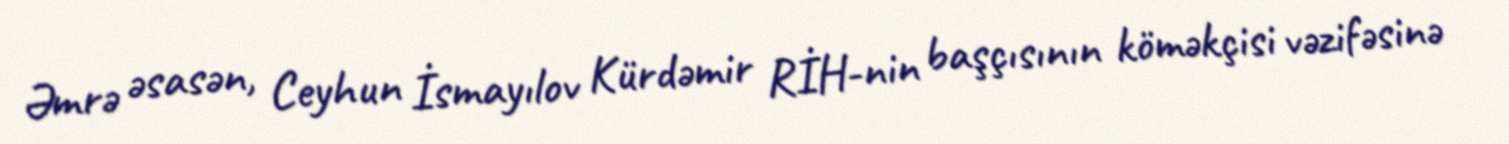
Əmrə əsasən, Ceyhun İsmayılov Kürdəmir RİH-nin başçısının köməkçisi vəzifəsinə